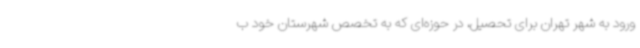
ورود به شهر تهران برای تحصیل، در حوزه‌ای که به تخصص شهرستان خود ب